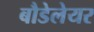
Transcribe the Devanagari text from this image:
बौडेलेयर